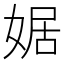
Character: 婮